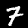
Digit: 7